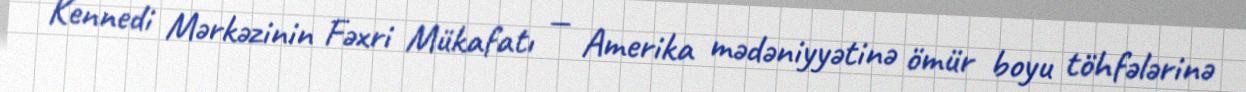
Kennedi Mərkəzinin Fəxri Mükafatı — Amerika mədəniyyətinə ömür boyu töhfələrinə